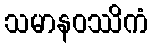
သမာနဝဿိကံ